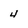
Character: 4